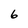
Character: 6